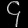
Digit: ၄